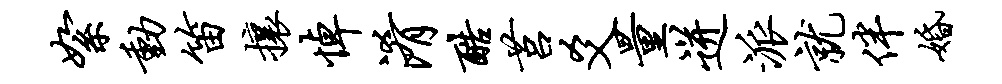
絮动笛攘悼淆酷莒爻量迸派就伴婚